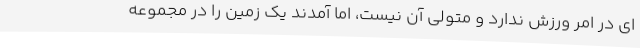
ای در امر ورزش ندارد و متولی آن نیست، اما آمدند یک زمین را در مجموعه